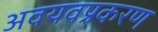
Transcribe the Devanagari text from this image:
अवयवप्रकरण